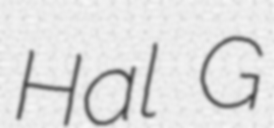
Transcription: Hal G